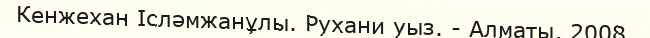
Кенжехан Ісләмжанұлы. Рухани уыз. - Алматы, 2008.